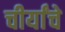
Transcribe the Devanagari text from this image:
चीर्यांचे